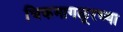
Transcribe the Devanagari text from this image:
चिकमागळूरच्या